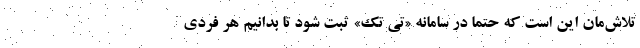
تلاش‌مان این است که حتما در سامانه «تی تک» ثبت شود تا بدانیم هر فردی